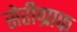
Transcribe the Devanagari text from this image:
सेरीग्राफ